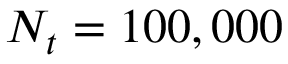
N _ { t } = 1 0 0 , 0 0 0